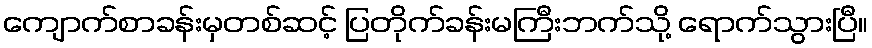
ကျောက်စာခန်းမှတစ်ဆင့် ပြတိုက်ခန်းမကြီးဘက်သို့ ရောက်သွားပြီ။